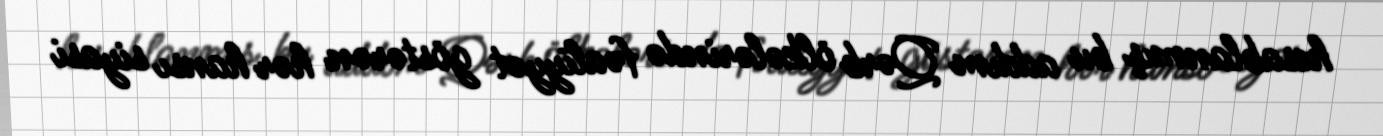
hesablanmış bu addım Qərb ölkələrində fəaliyyət göstərən hər hansı siyasi